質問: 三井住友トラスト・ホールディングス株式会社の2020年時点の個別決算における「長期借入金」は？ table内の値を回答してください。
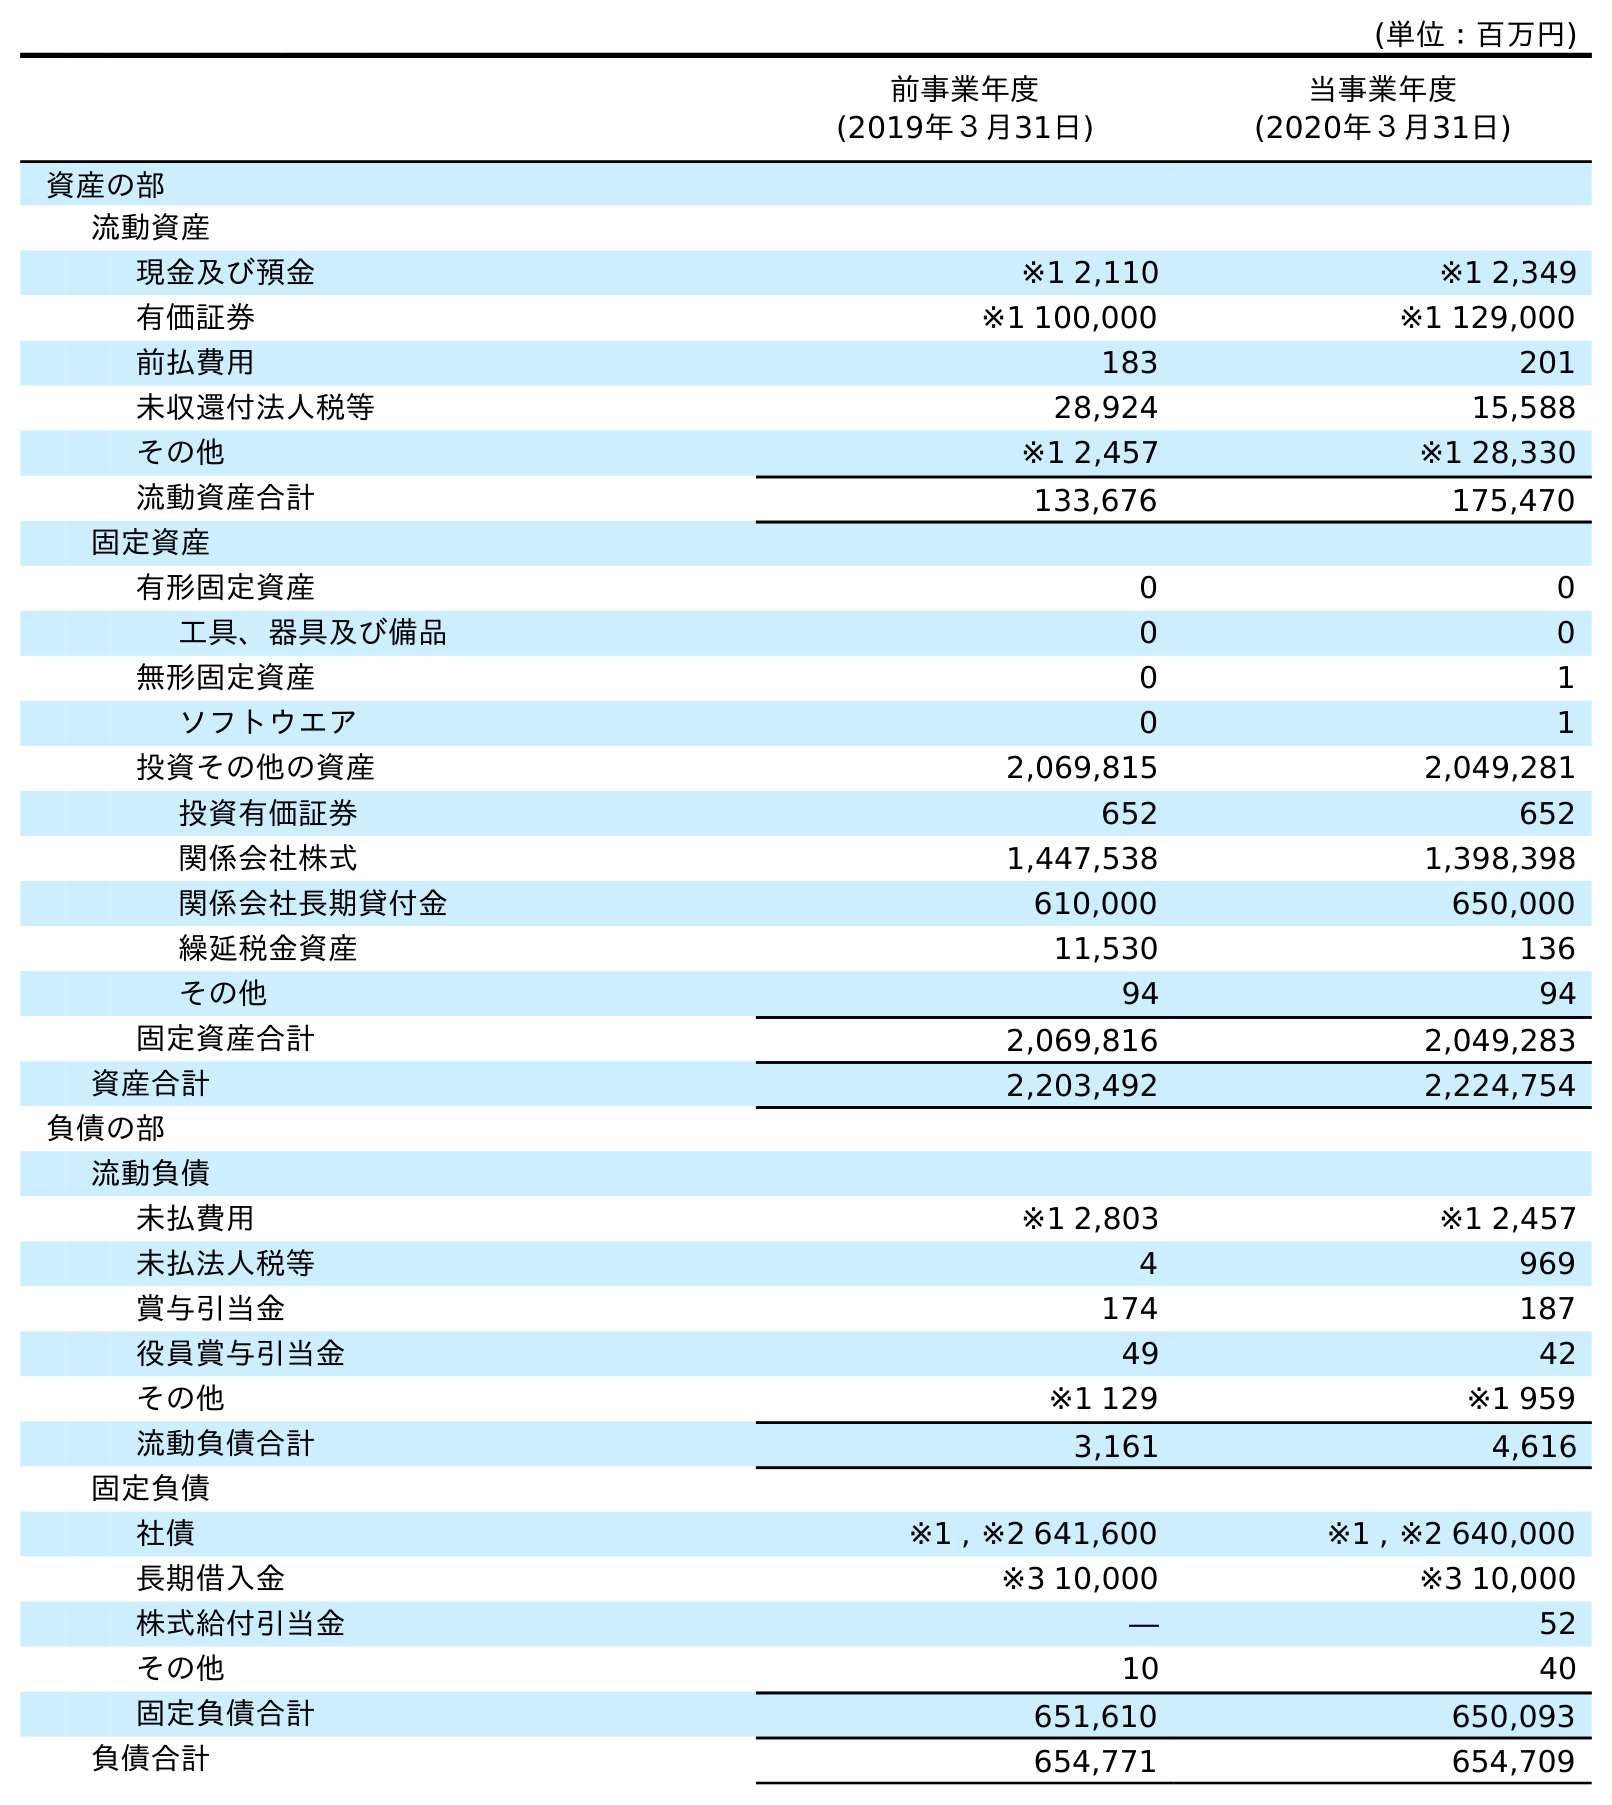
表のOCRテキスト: (単位：百万円) 前事業年度 (2019年３月31日) 当事業年度 (2020年３月31日) 資産の部 流動資産 現金及び預金 ※1 2,110 ※1 2,349 有価証券 ※1 100,000 ※1 129,000 前払費用 183 201 未収還付法人税等 28,924 15,588 その他 ※1 2,457 ※1 28,330 流動資産合計 133,676 175,470 固定資産 有形固定資産 0 0 工具、器具及び備品 0 0 無形固定資産 0 1 ソフトウエア 0 1 投資その他の資産 2,069,815 2,049,281 投資有価証券 652 652 関係会社株式 1,447,538 1,398,398 関係会社長期貸付金 610,000 650,000 繰延税金資産 11,530 136 その他 94 94 固定資産合計 2,069,816 2,049,283 資産合計 2,203,492 2,224,754 負債の部 流動負債 未払費用 ※1 2,803 ※1 2,457 未払法人税等 4 969 賞与引当金 174 187 役員賞与引当金 49 42 その他 ※1 129 ※1 959 流動負債合計 3,161 4,616 固定負債 社債 ※1 , ※2 641,600 ※1 , ※2 640,000 長期借入金 ※3 10,000 ※3 10,000 株式給付引当金 ― 52 その他 10 40 固定負債合計 651,610 650,093 負債合計 654,771 654,709
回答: ※310,000